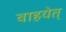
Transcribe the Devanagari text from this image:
वाहयेत्